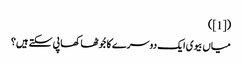
([1])
میاں بیوی ایک دوسرے کا جُوٹھا کھا پی سکتے ہیں؟